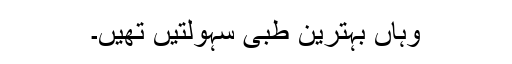
وہاں بہترین طبی سہولتیں تھیں۔